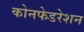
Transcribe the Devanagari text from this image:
कोनफेडरेशन